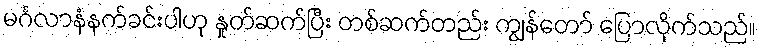
မင်္ဂလာနံနက်ခင်းပါဟု နှုတ်ဆက်ပြီး တစ်ဆက်တည်း ကျွန်တော် ပြောလိုက်သည်။